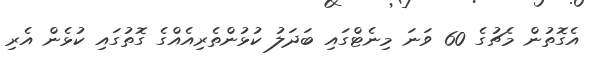
އެގޮތުން މެޗުގެ 60 ވަނަ މިނެޓްގައި ބަދަލު ކުޅުންތެރިއެއްގެ ގޮތުގައި ކުޅެން އެރި